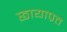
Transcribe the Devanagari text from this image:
छायाप्रत